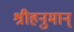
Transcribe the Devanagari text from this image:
श्रीहनुमान्